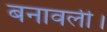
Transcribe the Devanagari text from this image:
बनावली।